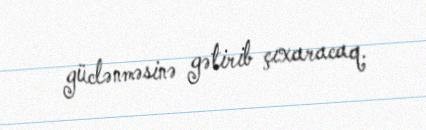
güclənməsinə gətirib çıxaracaq.